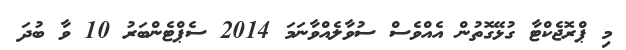
މި ޕްރޮޖެކްޓާ ގުޅޭގޮތުން އެއްވެސް ސުވާލެއްވާނަމަ 2014 ސެޕްޓެންބަރު 10 ވާ ބުދަ